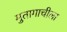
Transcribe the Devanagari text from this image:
मुतागाचीला